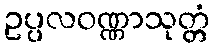
ဥပ္ပလဝဏ္ဏာသုတ္တံ